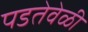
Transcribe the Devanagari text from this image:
पडतेवेळी